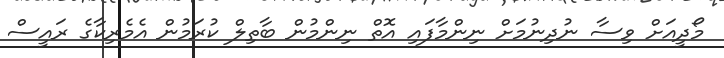
މޯދީއަށް ވިސާ ނުދިނުމަށް ނިންމާފައި އޮތް ނިންމުން ބާތިލް ކުރަމުން އެމެރިކާގެ ރައީސް